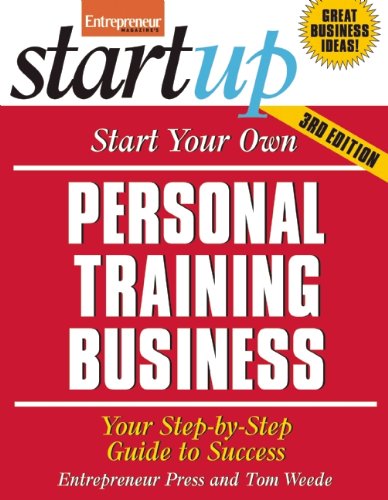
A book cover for Start Your Own Personal Training Business: Your Step-By-Step Guide to Success (StartUp Series); Entrepreneur Press; Business & Money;